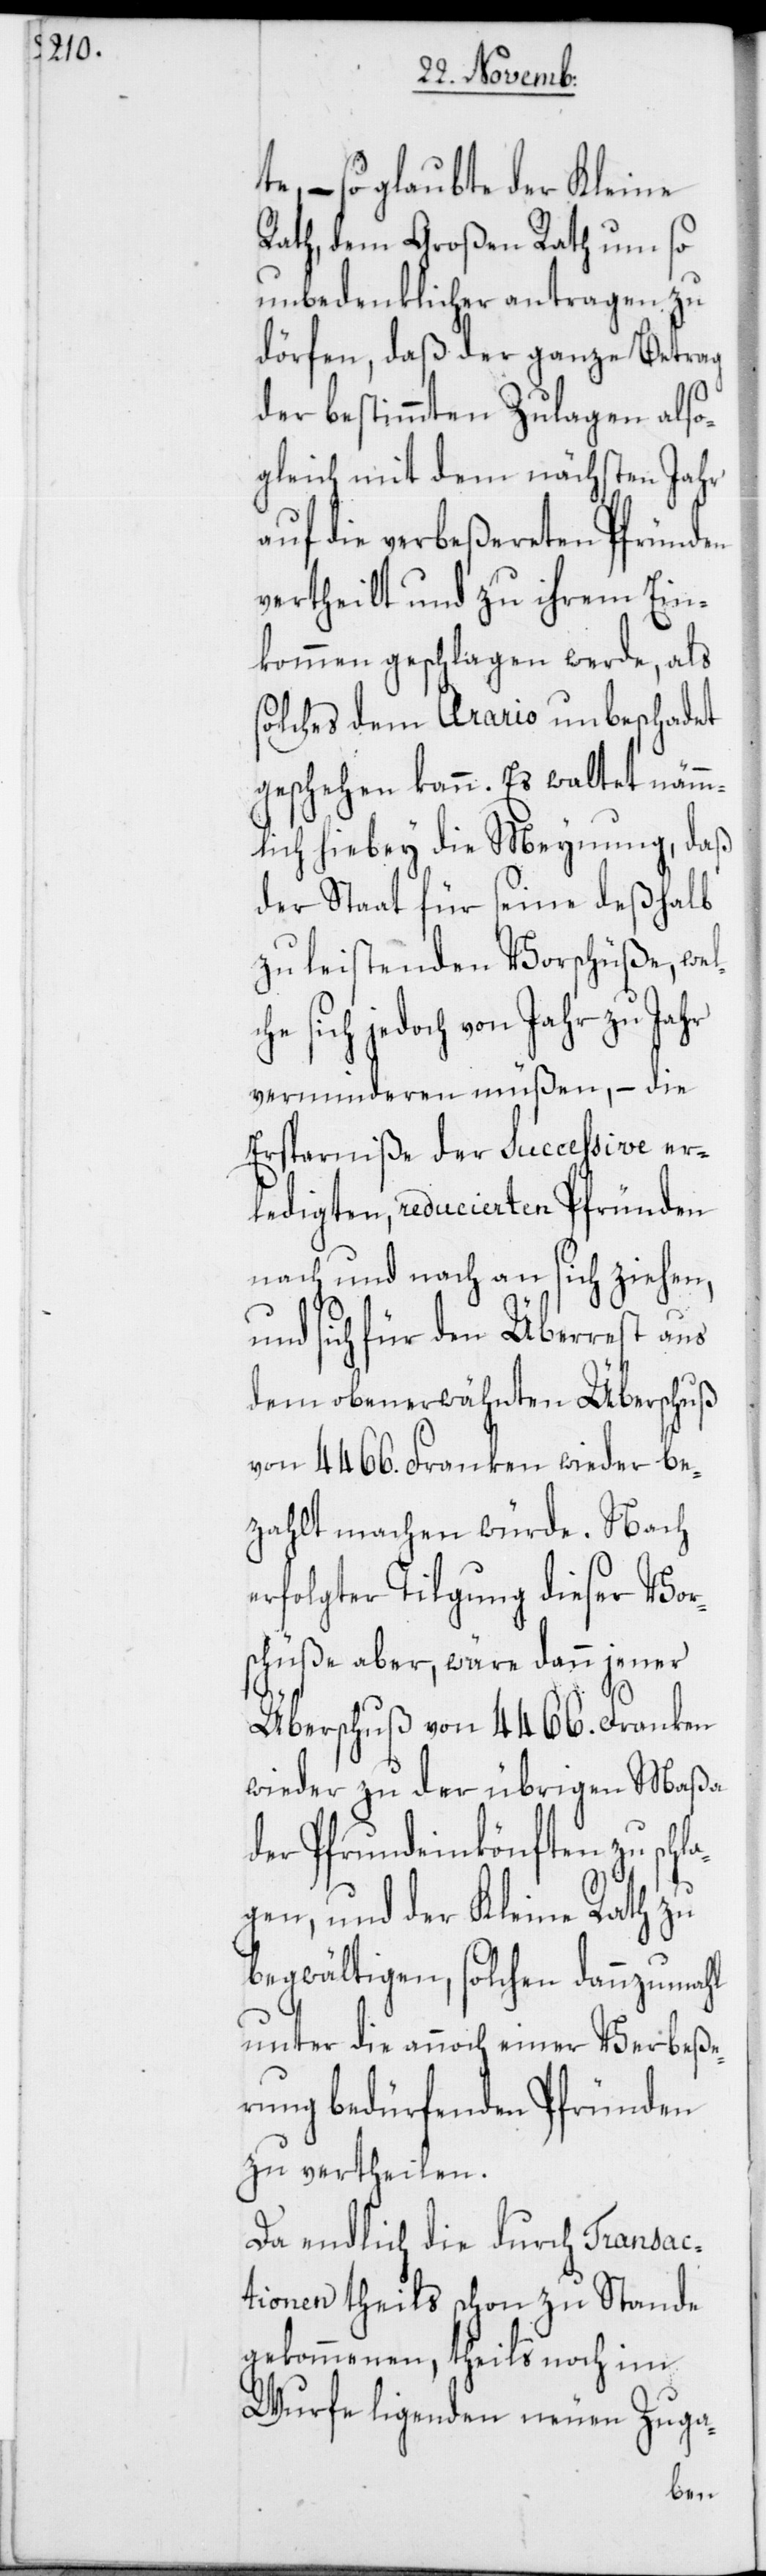
te, – so glaubte der Kleine
Rath, dem Großen Rath um so
unbedenklicher antragen zu
dörfen, daß der ganze Betrag
der bestimmten Zulagen also¬
gleich mit dem nächsten Jahr
auf die verbeßereten Pfründen
vertheilt und zu ihrem Ein¬
kommen geschlagen werde, als
solches dem Arario unbeschadet
geschehen kann. Es waltet nämm¬
lich hiebey die Meynung, daß
der Staat für seine deßhalb
zu leistenden Vorschüße, wel¬
sich jedoch von Jahr zu Jahr
verminderen müßen, – die
Ersparniße der successive er¬
ledigten reducierten Pfründen
nach und nach an sich ziehen,
und sich für den Überrest aus
dem obenerwähnten Überschuß
von 4466. Franken wieder be¬
zahlt machen würde. Nach
erfolgter Tilgung dieser Vor¬
schüße aber, wäre dann jener
Überschuß von 4466. Franken
wieder zu der übrigen Maßa
der Pfrundeinkönften zu schl¬
agen, und der Kleine Rath zu
begwältigen, solchen dannzumahl
unter die annoch einer Verbeße¬
rung bedürfenden Pfründen
zu vertheilen.
Da endlich die durch Transac¬
tionen theils schon zu Stande
gekommenen, theils noch im
Wurfe ligenden neuen Zuga-
che